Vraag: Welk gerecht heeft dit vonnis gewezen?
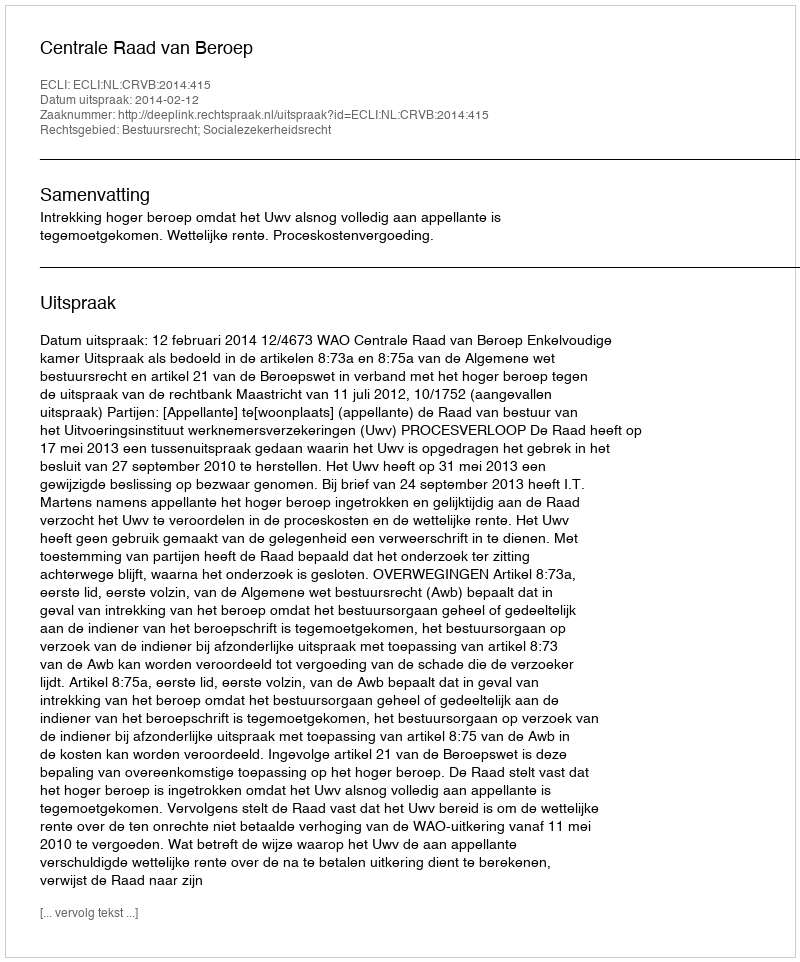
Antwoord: Centrale Raad van Beroep